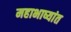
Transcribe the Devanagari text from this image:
महाभाष्यांत